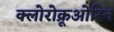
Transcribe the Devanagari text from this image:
क्लोरोक्रूओरिन